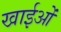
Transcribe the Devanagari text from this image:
खाईओं